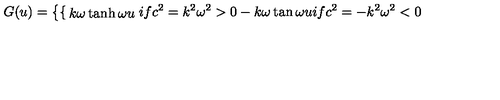
G ( u ) = \left\{ \begin{cases} { k \omega \tanh \omega u } & { i f c ^ { 2 } = k ^ { 2 } \omega ^ { 2 } > 0 } \\ { \noalign { \smallskip } - k \omega \tan \omega u } & { i f c ^ { 2 } = - k ^ { 2 } \omega ^ { 2 } < 0 } \\ \end{cases} \right.